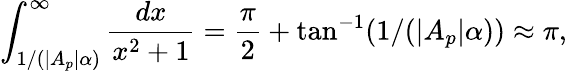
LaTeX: \int_{1/\left(|A_{p}|\alpha\right)}^{\infty}\frac{dx}{x^{2}+1}=\frac{\pi}{2}+\tan^{-1}(1/(|A_{p}|\alpha))\approx\pi,